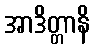
အာဒိတ္တာနိ